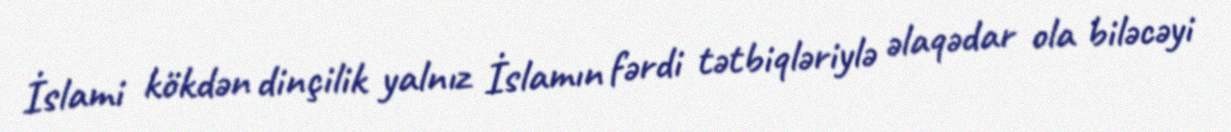
İslami kökdən dinçilik yalnız İslamın fərdi tətbiqləriylə əlaqədar ola biləcəyi